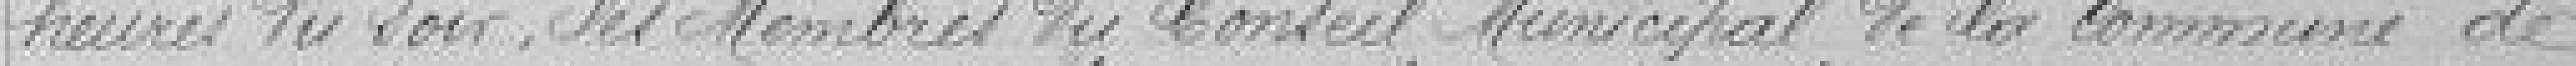
heures du soir, les Membres du Conseil Municipal de la commune de